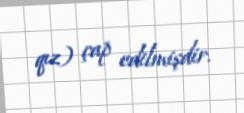
qız) çap edilmişdir.